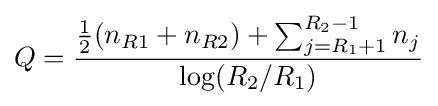
Q={\frac {{\frac {1}{2}}(n_{R1}+n_{R2})+\sum _{j=R_{1}+1}^{R_{2}-1}n_{j}}{\log(R_{2}/R_{1})}}